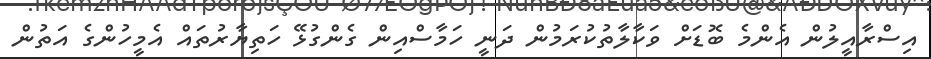
އިސްރާއީލުން އެންމެ ބޮޑަށް ވަކާލާތުކުރަމުން ދަނީ ހަމާސްއިން ގެންގުޅޭ ހަތިޔާރުތައް އެމީހުންގެ އަތުން